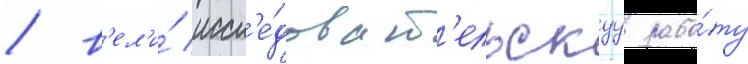
/ в'ел'и́ иссл'е́доват'ельскуу рабо́ту